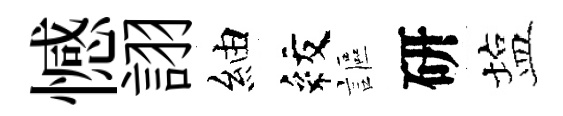
憾詡紬紋謳研塩